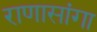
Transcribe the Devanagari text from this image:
राणासांगा